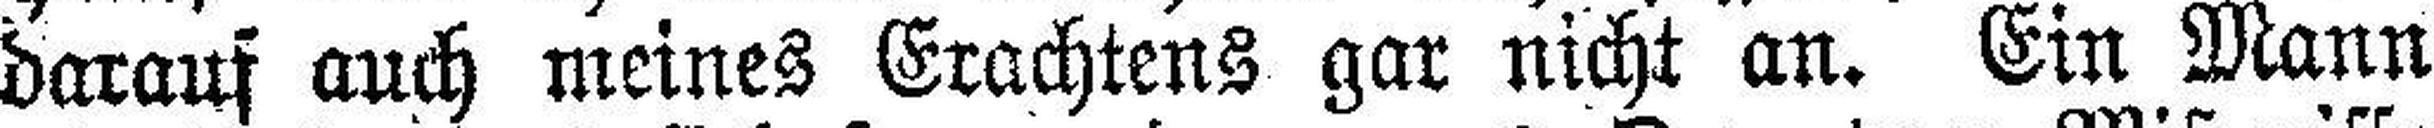
darauf auch meines Erachtens gar nicht an. Ein Mann